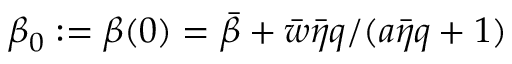
\beta _ { 0 } : = \beta ( 0 ) = \bar { \beta } + \bar { w } \bar { \eta } q / ( a \bar { \eta } q + 1 )